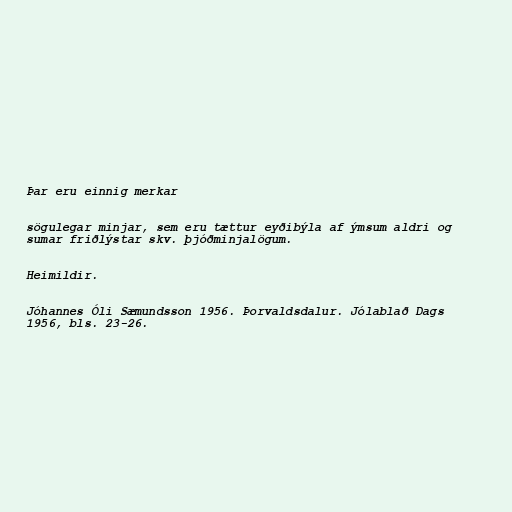
Þar eru einnig merkar

sögulegar minjar, sem eru tættur eyðibýla af ýmsum aldri og
sumar friðlýstar skv. þjóðminjalögum.

Heimildir.

Jóhannes Óli Sæmundsson 1956. Þorvaldsdalur. Jólablað Dags
1956, bls. 23-26.